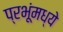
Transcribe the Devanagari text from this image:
प्रभूंमध्ये